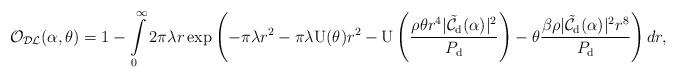
LaTeX: \begin{align*}& \!\!\!\!\!\!\!\mathcal{O}_{\mathcal{DL}}(\alpha,\theta)=1- \int\limits_{0}^{\infty} 2 \pi \lambda r \exp \left(-\pi \lambda r^2- \pi \lambda {\rm U}(\theta)r^2 - {\rm U}\left(\frac{\rho \theta r^4 |\mathcal{\tilde{C}}_{\rm{d}}(\alpha)|^2}{P_{\rm d}} \right)-\theta \frac{{\beta} \rho |\mathcal{\tilde{C}}_{\rm{d}}(\alpha)|^2 r^{8}}{ P_{\rm{d}} }\right) dr,\end{align*}